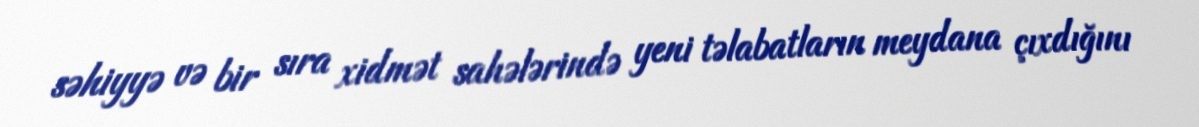
səhiyyə və bir sıra xidmət sahələrində yeni təlabatların meydana çıxdığını